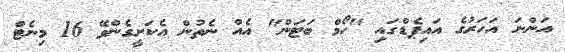
އަންނަ އަހަރުގެ އައިޕެޑްގައި "ހޯމް ބަޓަން" އެއް ނެތުން އެކަށީގެންވޭ 16 މިނެޓް